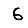
Digit: 6